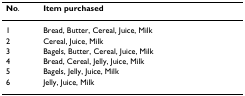
<table><thead><tr><td><b>No.</b></td><td><b>Item purchased</b></td></tr></thead><tbody><tr><td>1</td><td>Bread, Butter, Cereal, Juice, Milk</td></tr><tr><td>2</td><td>Cereal, Juice, Milk</td></tr><tr><td>3</td><td>Bagels, Butter, Cereal, Juice, Milk</td></tr><tr><td>4</td><td>Bread, Cereal, Jelly, Juice, Milk</td></tr><tr><td>5</td><td>Bagels, Jelly, Juice, Milk</td></tr><tr><td>6</td><td>Jelly, Juice, Milk</td></tr></tbody></table>